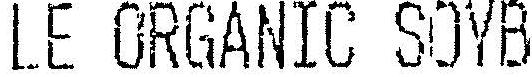
LE ORGANIC SOYB